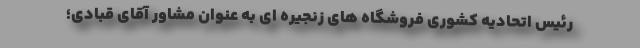
رئیس اتحادیه کشوری فروشگاه های زنجیره ای به عنوان مشاور آقای قبادی؛